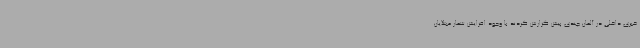
خبری داخلی در آلمان چندی پیش گزارش کردند با وجود افزایش شمار مبتلایان